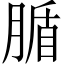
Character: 腯